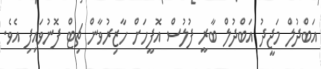
އަބްދުލް މަޖީދު އަބްދުލް ބާރީ ފުލުސް އޮފީހަށް ހާޒިރުވާން ޗިޓް ފޮނުވައިފި އެވެ.